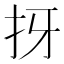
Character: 㧎